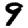
Digit: 9